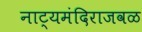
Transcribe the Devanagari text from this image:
नाट्यमंदिराजवळ